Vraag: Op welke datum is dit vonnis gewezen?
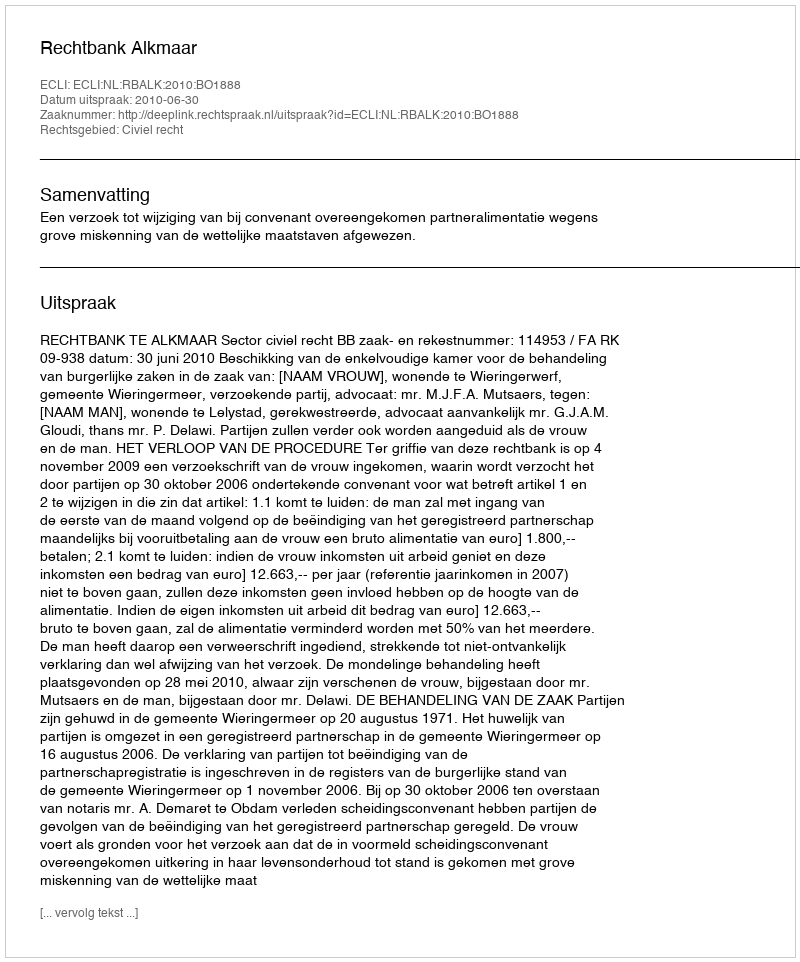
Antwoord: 2010-06-30